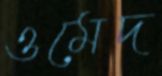
ওমেদ